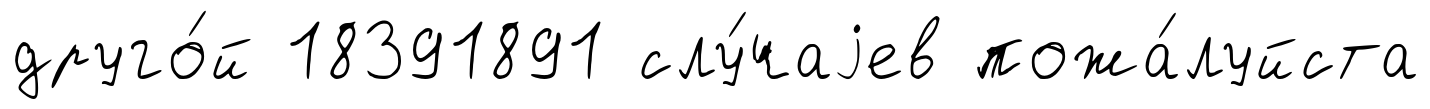
друго́й 18391891 слу́чаjев пожа́луйста